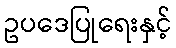
ဥပဒေပြုရေးနှင့်